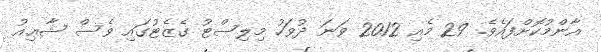
އާންމުކޮށްފައެވެ. 29 މެއި 2012 ވަނަ ދުވަހު މިލިސްޓު ގެޒެޓުގައި ވެސް ޝާޢިއު